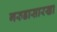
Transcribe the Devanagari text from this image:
गरुडासारखा